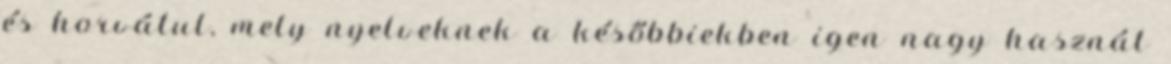
és horvátul, mely nyelveknek a későbbiekben igen nagy hasznát